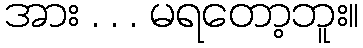
အား . . . မရတော့ဘူး။